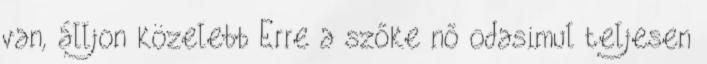
van, álljon közelebb Erre a szőke nő odasimul teljesen